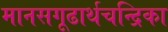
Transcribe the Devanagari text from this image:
मानसगूढार्थचन्द्रिका